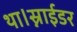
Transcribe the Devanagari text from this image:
था।स्नाईडर